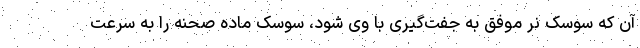
آن که سوسک نر موفق به جفت‌گیری با وی شود، سوسک ماده صحنه را به سرعت